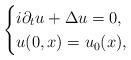
LaTeX: \begin{align*} \begin{cases}i\partial_t u+\Delta u=0,\\u(0,x)=u_0(x),\end{cases}\end{align*}